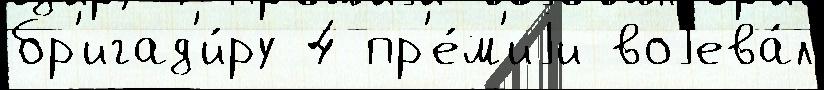
бр'игад'и́ру 4 пр'е́м'иjи воjева́л